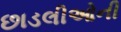
છાડલીઓની